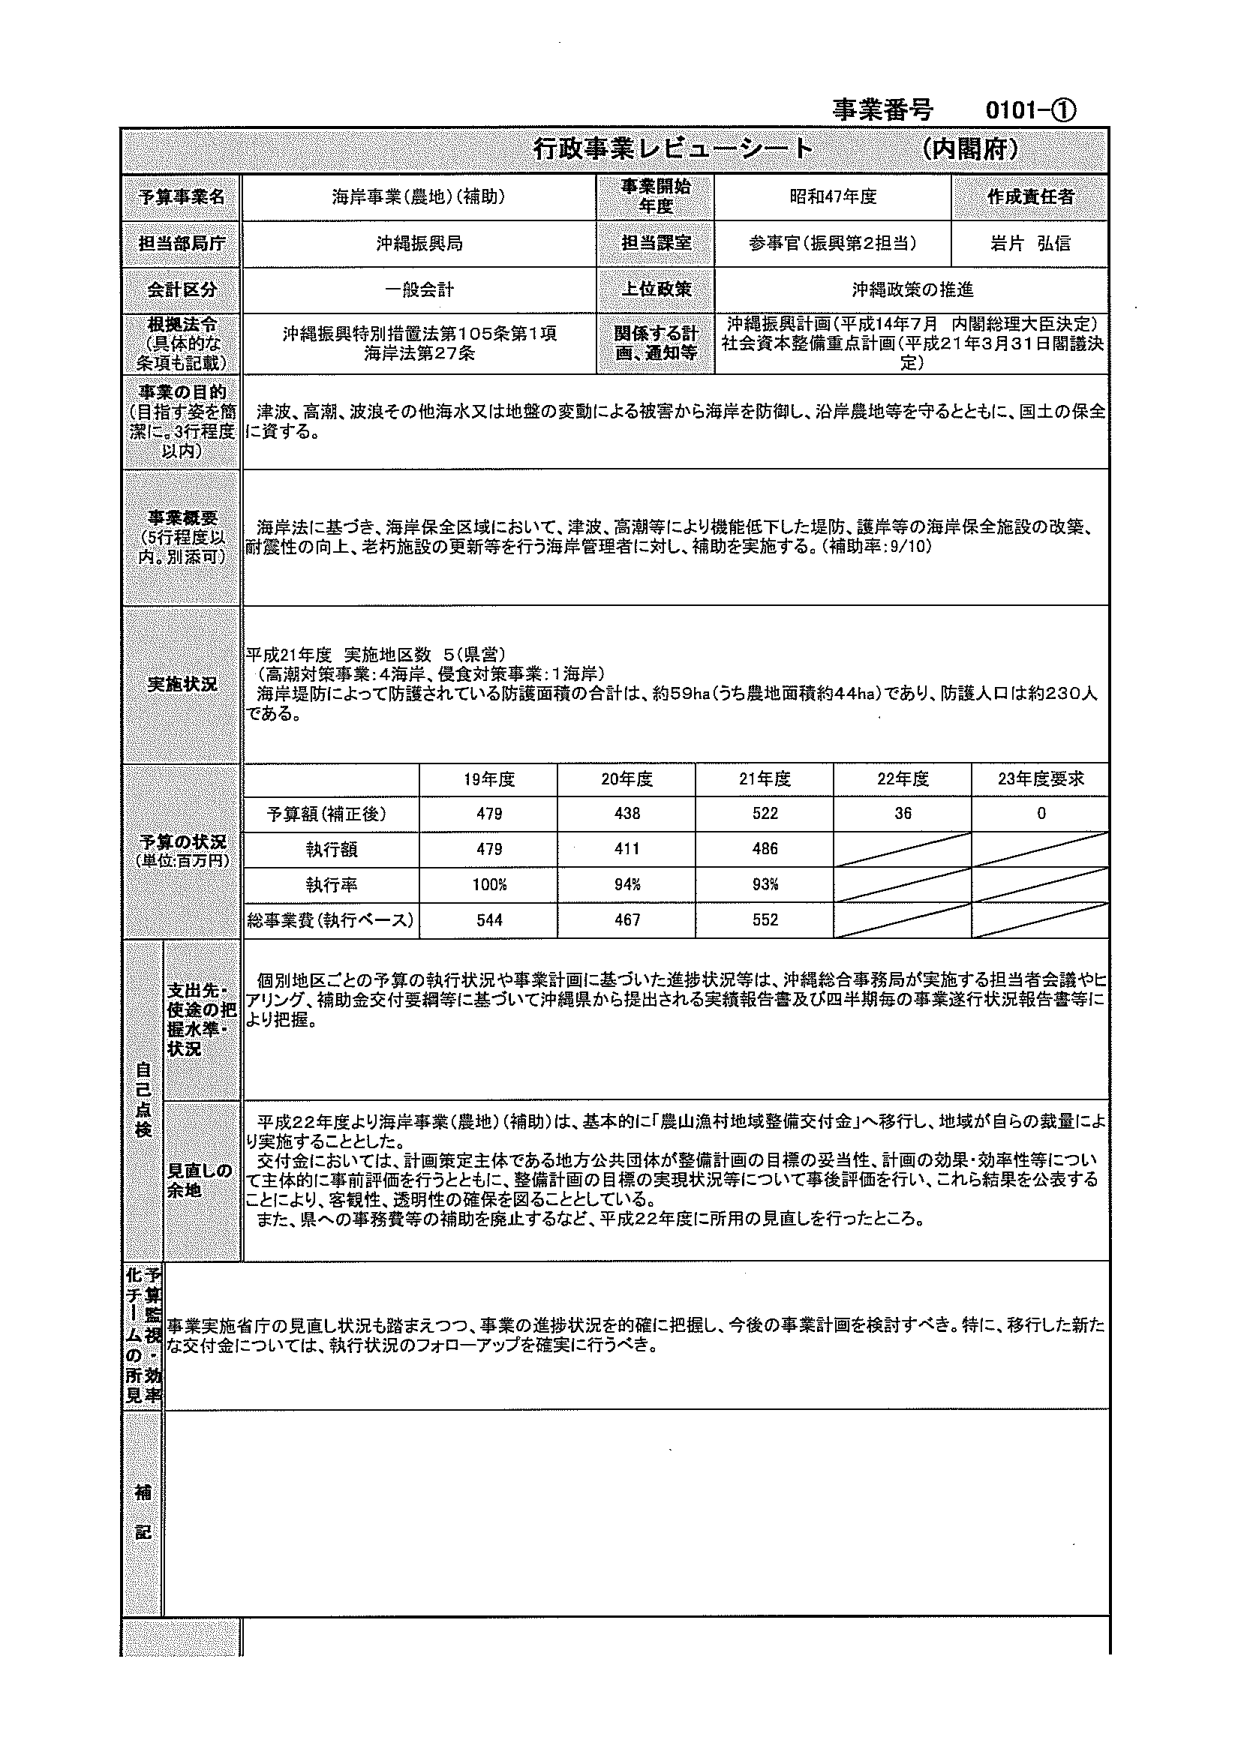
事業番号 0101-①
行政事業レビューーシート (内閣府)

予算事業名 海岸事業(農地)(補助)
事業開始年度 昭和47年度
作成責任者

担当部局庁 沖縄振興局
担当課室 参事官(振興第2担当) 岩片 弘信

会計区分 一般会計
上位政策 沖縄政策の推進

根拠法令 (具体的な条項も記載)
沖縄振興特別措置法第105条第1項
海岸法第27条
関係する計画、通知等
沖縄振興計画(平成14年7月 内閣総理大臣決定)
社会資本整備重点計画(平成21年3月31日閣議決定)

事業の目的 (目指す姿を簡潔に。3行程度以内)
津波、高潮、波浪その他海水又は地盤の変動による被害から海岸を防御し、沿岸農地等を守るとともに、国土の保全に資する。

事業概要 (5行程度以内。別添可)
海岸法に基づき、海岸保全区域において、津波、高潮等により機能低下した堤防、護岸等の海岸保全施設の改築、耐震性の向上、老朽施設の更新等を行う海岸管理者に対し、補助を実施する。(補助率:9/10)

実施状況
平成21年度 実施地区数 5(県営)
(高潮対策事業:4海岸、侵食対策事業:1海岸)
海岸堤防によって防護されている防護面積の合計は、約59ha(うち農地面積約44ha)であり、防護人口は約230人である。

予算の状況 (単位:百万円)
　　　　　　　　19年度　　20年度　　21年度　　22年度　　23年度要求
予算額(補正後)　　479　　　438　　　522　　　36　　　　0
執行額　　　　　　479　　　411　　　486　　　　＼　　　　＼
執行率　　　　　　100%　　　94%　　　93%　　　　＼　　　　＼
総事業費(執行ベース)　544　　　467　　　552　　　　＼　　　　＼

自己点検
支出先・使途の把握水準・状況
個別地区ごとの予算の執行状況や事業計画に基づいた進捗状況等は、沖縄総合事務局が実施する担当者会議やヒアリング、補助金交付要綱等に基づいて沖縄県から提出される実績報告書及び四半期毎の事業遂行状況報告書等により把握。

見直しの余地
平成22年度より海岸事業(農地)(補助)は、基本的に「農山漁村地域整備交付金」へ移行し、地域が自らの裁量により実施することとした。
交付金においては、計画策定主体である地方公共団体が整備計画の目標の妥当性、計画の効果・効率性等について主体的に事前評価を行うとともに、整備計画の目標の実現状況等について事後評価を行い、これら結果を公表することにより、客観性、透明性の確保を図ることとしている。
また、県への事務費等の補助を廃止するなど、平成22年度に所用の見直しを行ったところ。

化予子算！監ム視の所効見率
事業実施省庁の見直し状況も踏まえつつ、事業の進捗状況を的確に把握し、今後の事業計画を検討すべき。特に、移行した新たな交付金については、執行状況のフォローアップを確実に行うべき。

補記